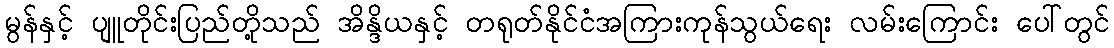
မွန်နှင့် ပျူတိုင်းပြည်တို့သည် အိန္ဒိယနှင့် တရုတ်နိုင်ငံအကြားကုန်သွယ်ရေး လမ်းကြောင်း ပေါ်တွင်